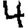
Digit: 4